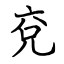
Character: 兗